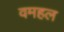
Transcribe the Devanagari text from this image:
वमहल